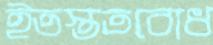
ইতস্ততবোধ